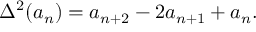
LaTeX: \Delta ^ { 2 } ( a _ { n } ) = a _ { n + 2 } - 2 a _ { n + 1 } + a _ { n } .